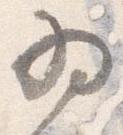
為